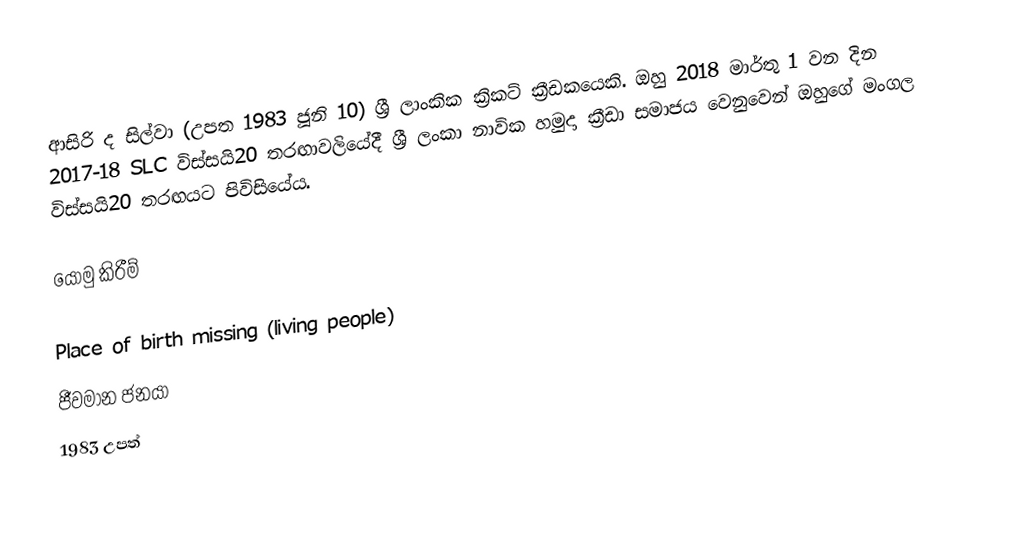
ආසිරි ද සිල්වා (උපත 1983 ජූනි 10) ශ්‍රී ලාංකික ක්‍රිකට් ක්‍රීඩකයෙකි. ඔහු 2018 මාර්තු 1 වන දින 2017-18 SLC විස්සයි20 තරඟාවලියේදී ශ්‍රී ලංකා නාවික හමුදා ක්‍රීඩා සමාජය වෙනුවෙන් ඔහුගේ මංගල විස්සයි20 තරඟයට පිවිසියේය.

යොමු කිරීම්

Place of birth missing (living people)
ජීවමාන ජනයා
1983 උපත්